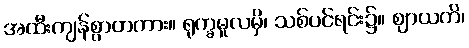
အထီးကျန်စွာတကား။ ရုက္ခမူလမှိ၊ သစ်ပင်ရင်း၌။ ဈာယတိ၊